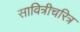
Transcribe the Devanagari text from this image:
सावित्रीचरित्र